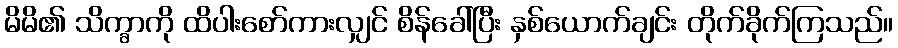
မိမိ၏ သိက္ခာကို ထိပါးစော်ကားလျှင် စိန်ခေါ်ပြီး နှစ်ယောက်ချင်း တိုက်ခိုက်ကြသည်။